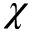
{ \chi }